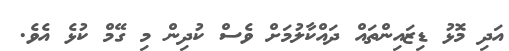
އަދި މޮޅު ޑިޒައިންތައް ދައްކާލުމަށް ވެސް ކުދިން މި ގޭމް ކުޅެ އެވެ.